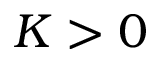
K > 0